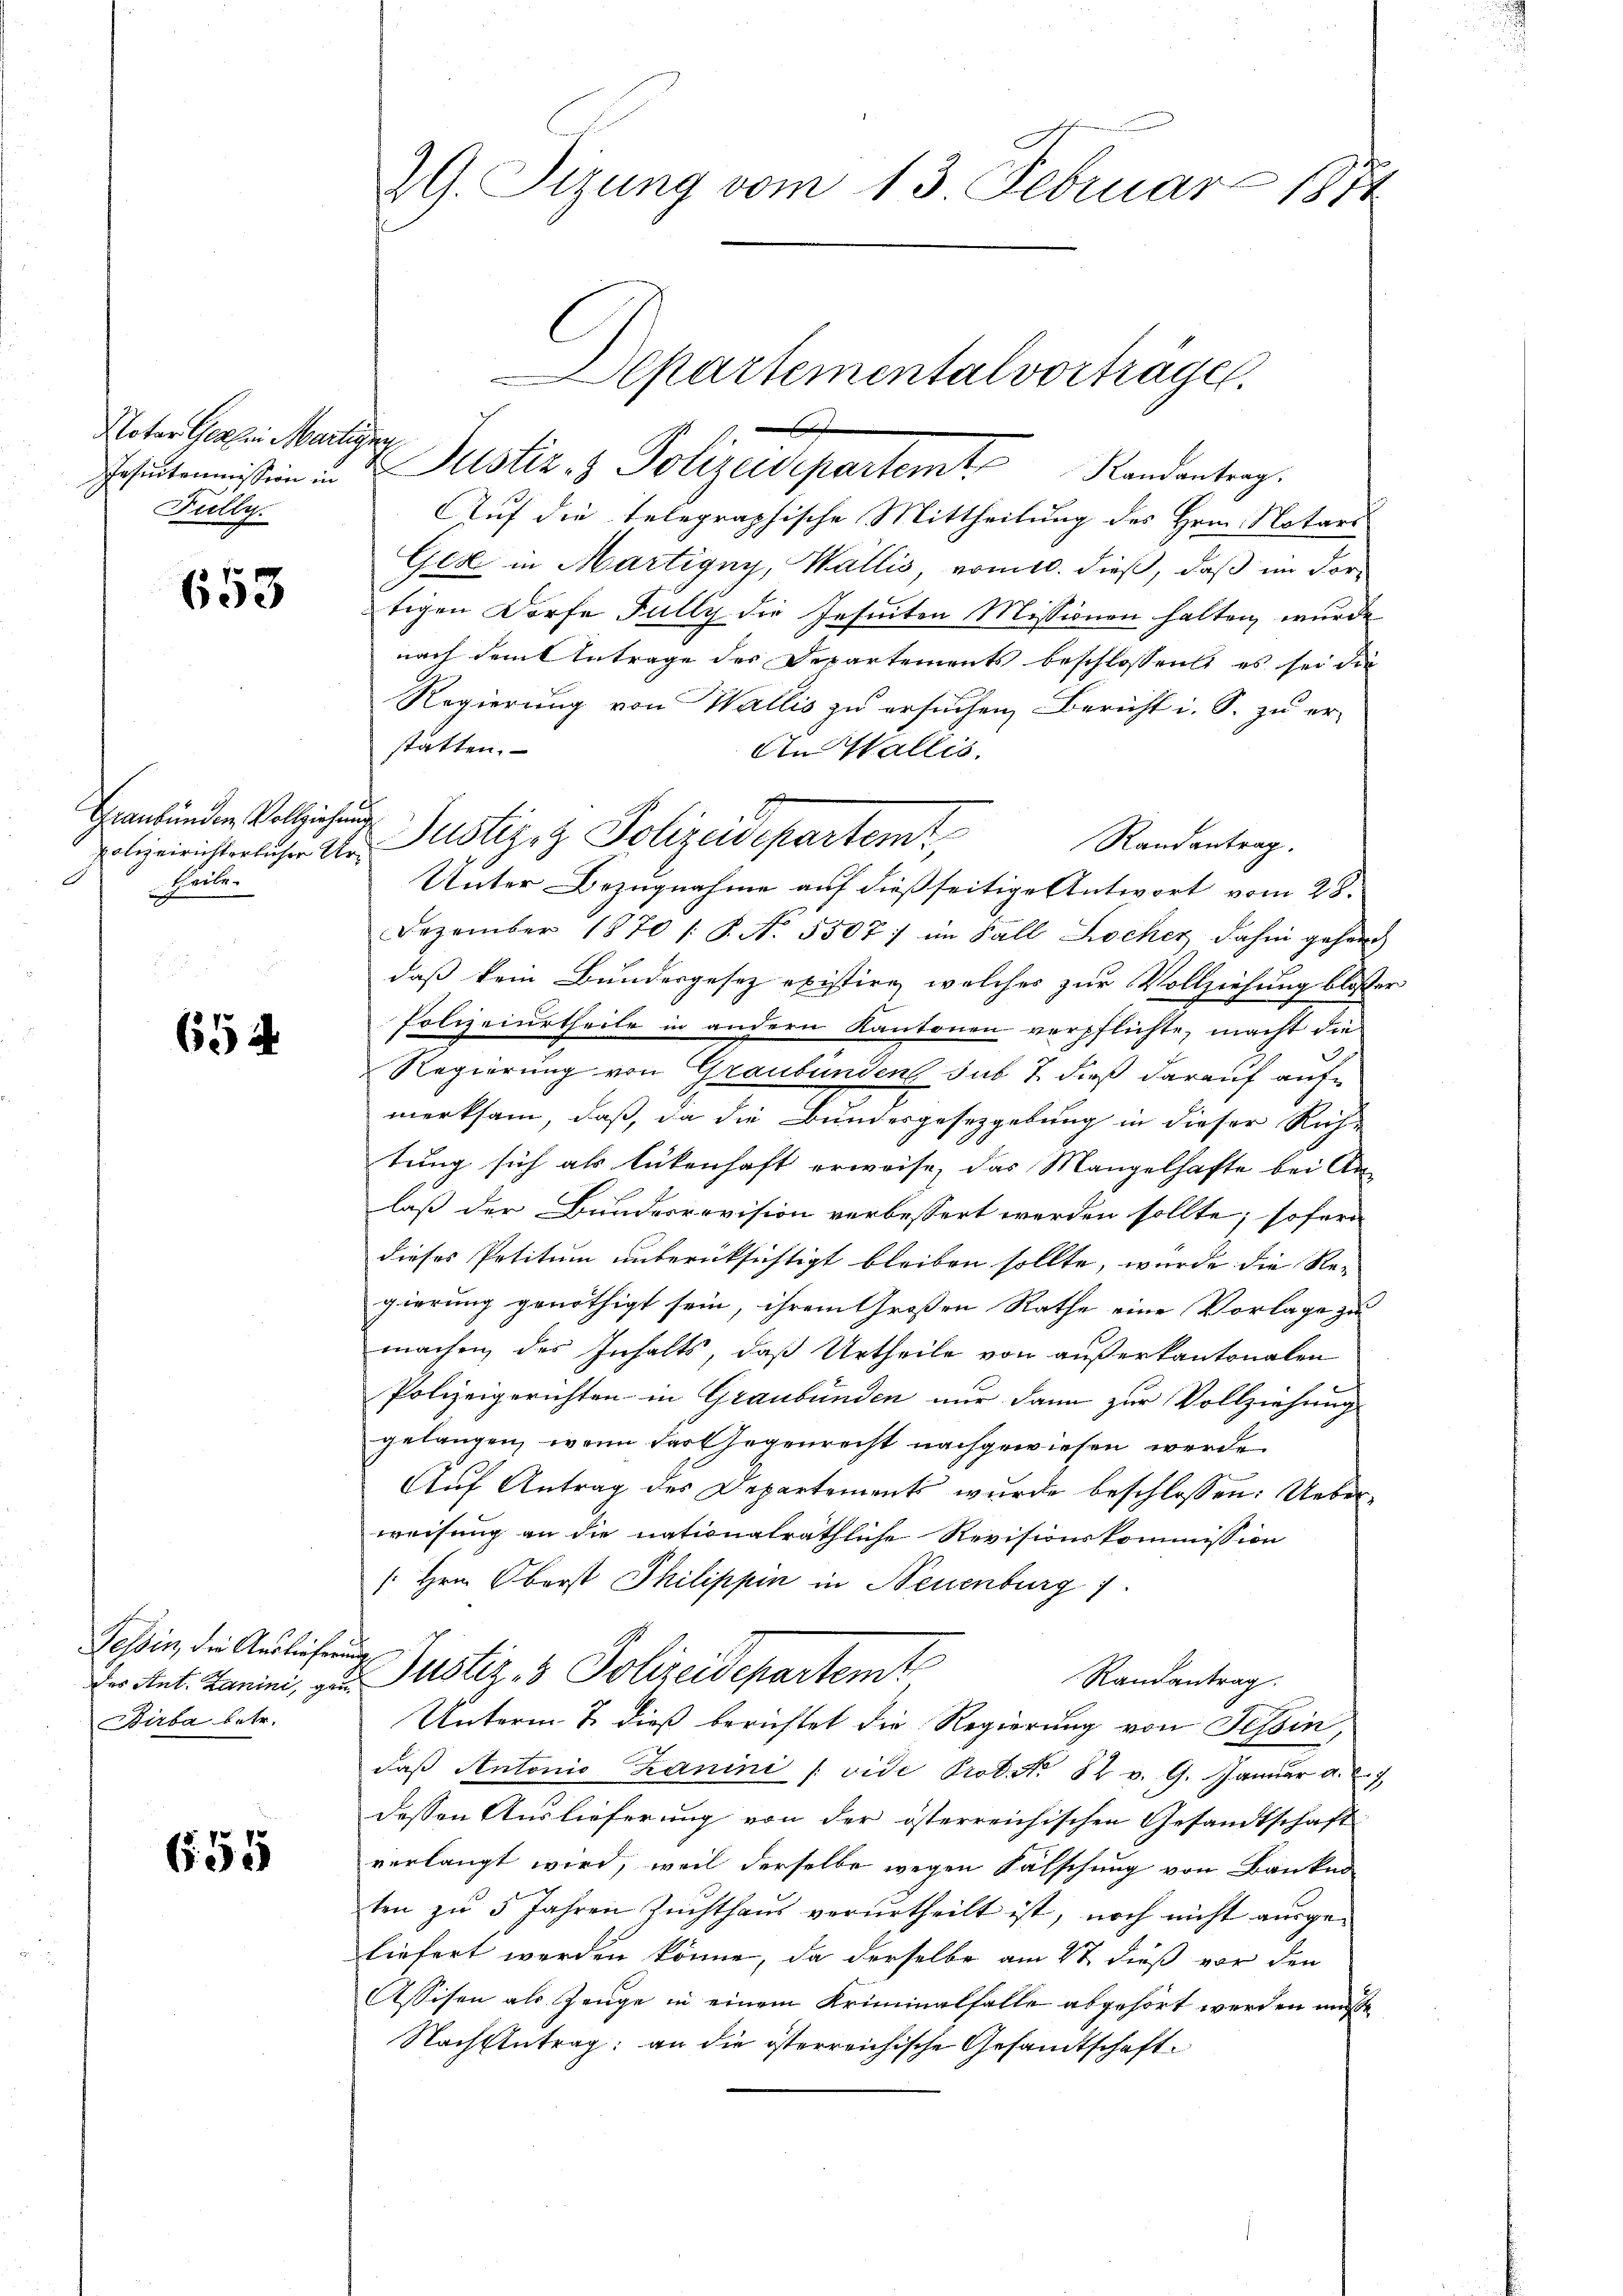
Notar Genf in Martigun
Puelle

653

Graubünden Vollziehung
theile.
m

654

Tessin, die Auslieferung
des Ant. Zanini, gru
Birba betr.

655

2G. Sitzung vom 13. Februar 1871

Auf die telegraphische Mittheilung des Hrn. Notars
Ges in Martigny, Wallis, vom 10. dieß, daß im dortigen Dorfe Fully die Jesuiten Missionen halten, wurde
nach dem Antrage des Departements beschlossen, es sei die
Regierung von Wallis zu ersuchen Bericht i. S. zu er-
statten.
An Wallis.
Dezember 1870 /: P. N. 5507) im Fall Kocher dahin gehend
daß kein Bundesgesez existire, welches zur Vollziehung blosser
Polizeiurtheile in andern Kantonen verpflichte, macht die
Regierung von Graubünden sub 7. dieß darauf aufmerksam, daß, da die Bundesgesetzgebung in dieser Rich-
tung sich als lückenhaft erweise, das Mangelhafte bei An
laß der Bundesrevision verbessert werden sollte, sofern
dieses Petitum unberücksichtigt bleiben sollte, wurde die Re-
gierung genöthigt sein, ihrem Großen Rathe eine Vorlage zu
machen des Inhalts, daß Urtheile von außerkantonalen
Polizeigerichten in Graubünden nur dann zur Vollziehung
gelangen, wenn das Gegenrecht nachgewiesen werde
Auf Antrag des Departements wurde beschlossen: Ueberweisung an die nationalräthliche Revisionskommission
[Hrn. Oberst Philippin in Neuenburg 1
Justiz & Polizeidepartemt
Randantrag.
Unterm 7. dieß berichtet die Regierung von Tessin,
daß Antonio Zanini (vide Prot. No. 82 v. 9. Janŭar a.
dessen Auslieferung von der österreichischen Gesandtschaft
verlangt wird, weil derselbe wegen Fälschung von Banken-
ten zŭ 5 Jahren Zŭchthaŭs verurtheilt ist, noch nicht ausge-
liefert werden könne, da derselbe am 27 dieß vor den
Assisen als Zeuge in einem Kriminalfalle abgehört werden müßte,
Nachzutrag: an die österreichische Gesandtschaft

epartementalvorträge.
s
Tasikommission und Justiz- & Polizeidepartem Randantrag.

olizeirichter daher der Justiziz Polizeidepartemt,
Randantrag.
Unter Bezugnahme auf dießseitige Antwort vom 28.